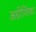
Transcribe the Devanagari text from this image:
अग्नीशिखा